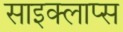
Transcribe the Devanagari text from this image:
साइक्लाप्स